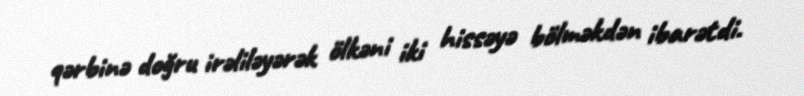
qərbinə doğru irəliləyərək ölkəni iki hissəyə bölməkdən ibarətdi.